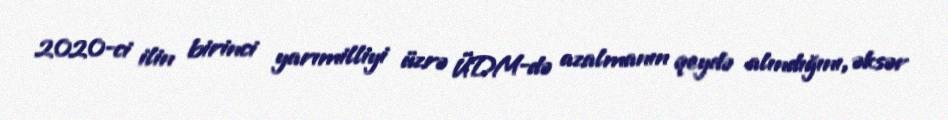
2020-ci ilin birinci yarımilliyi üzrə ÜDM-də azalmanın qeydə alındığını, əksər